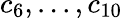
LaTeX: c_{6},...,c_{10}